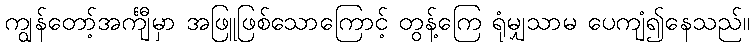
ကျွန်တော့်အင်္ကျီမှာ အဖြူဖြစ်သောကြောင့် တွန့်ကြေ ရုံမျှသာမ ပေကျံ၍နေသည်။